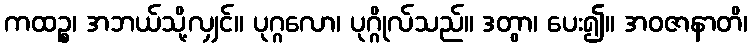
ကထဉ္စ၊ အဘယ်သို့လျှင်။ ပုဂ္ဂလော၊ ပုဂ္ဂိုလ်သည်။ ဒတွာ၊ ပေး၍။ အဝဇာနာတိ၊